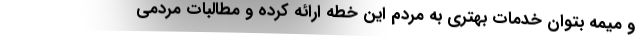
و میمه بتوان خدمات بهتری به مردم این خطه ارائه کرده و مطالبات مردمی